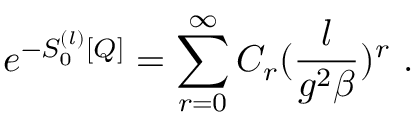
e ^ { - S _ { 0 } ^ { ( l ) } [ Q ] } = \sum _ { r = 0 } ^ { \infty } { \cal C } _ { r } ( \frac { l } { g ^ { 2 } \beta } ) ^ { r } \ .